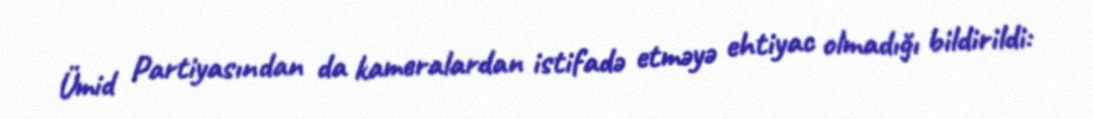
Ümid Partiyasından da kameralardan istifadə etməyə ehtiyac olmadığı bildirildi: